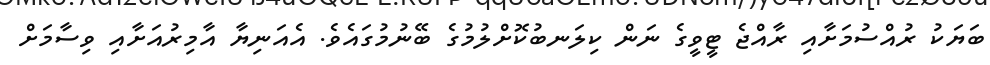
ބަޔަކު ރުއްސުމަށާއި ރާއްޖެ ޓީވީގެ ނަން ކިލަނބުކޮށްލުމުގެ ބޭނުމުގައެވެ. އެއަނިޔާ އާމިރުއަށާއި ވިސާމަށް